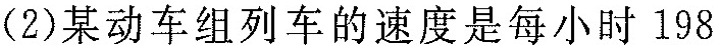
(2)某动车组列车的速度是每小时198